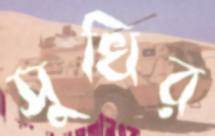
সুখির